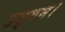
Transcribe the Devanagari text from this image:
उद्गम।